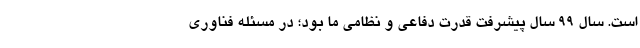
است. سال 99 سال پیشرفت قدرت دفاعی و نظامی ما بود؛ در مسئله فناوری